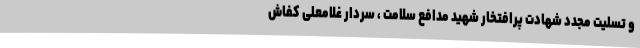
و تسلیت مجدد شهادت پرافتخار شهید مدافع سلامت ، سردار غلامعلی کفاش